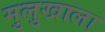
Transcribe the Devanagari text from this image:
मुलुखाला